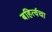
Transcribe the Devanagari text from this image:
बहिर्त्वचा